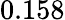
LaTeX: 0.158